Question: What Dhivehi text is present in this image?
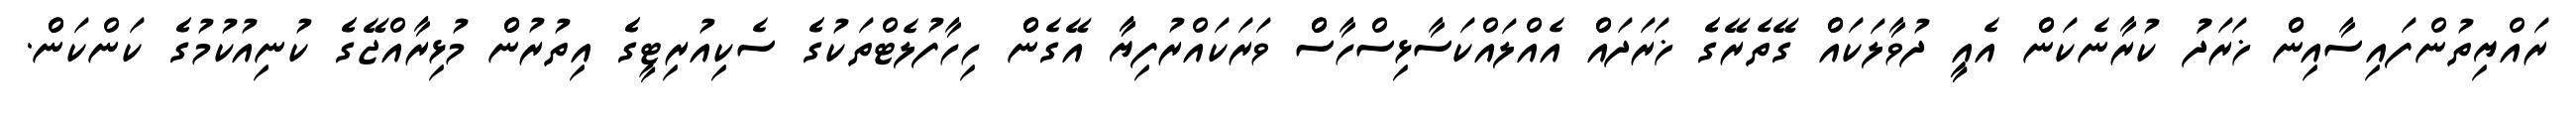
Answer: ރައްޔިތުންފައިސާއިންް ޚަރަދުު ކުރާނެކަންް އެއީީ ދުވާލަކައްް ގޭތެރޭގެެ ޚަރަދައްް އެއްލައްކަސާޅިސްހާސްް ވަރަކައްރުފިޔާާ އޭގެންް ހިހާފުލެޓްތަކުގެެ ސެކިއުރިޓީގެެ އިތުރުންް މުޅިރާއްޖޭގެެ ކުނިއުކުމުގެެ ކަންކަންް.